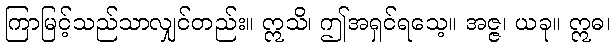
ကြာမြင့်သည်သာလျှင်တည်း။ ဣသိ၊ ဤအရှင်ရသေ့။ အဇ္ဇ၊ ယခု။ ဣဓ၊